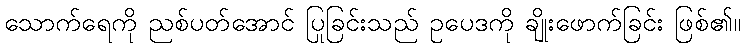
သောက်ရေကို ညစ်ပတ်အောင် ပြုခြင်းသည် ဥပေဒကို ချိုးဖောက်ခြင်း ဖြစ်၏။